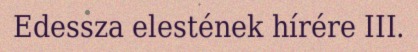
Edessza elestének hírére III.